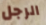
الرجل